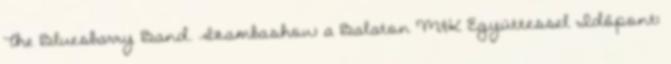
The Bluesbarry Band. Szambashow a Balaton M&K Együttessel Időpont: